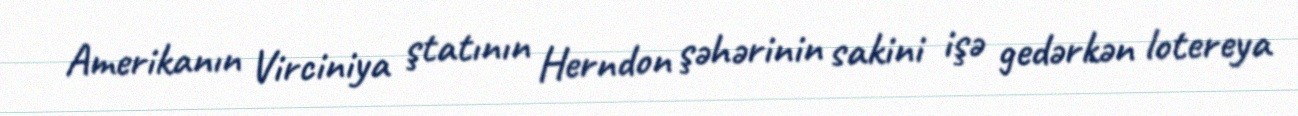
Amerikanın Virciniya ştatının Herndon şəhərinin sakini işə gedərkən lotereya